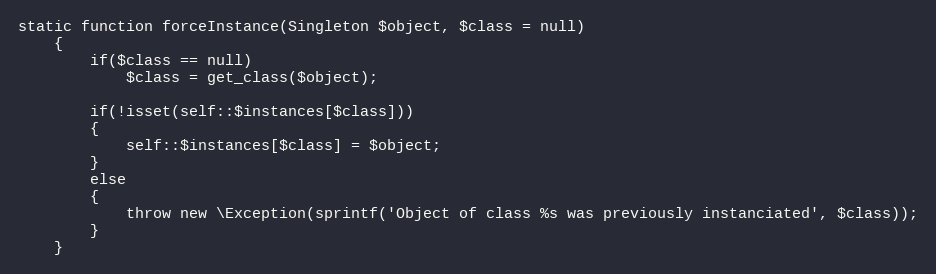
Language: PHP
static function forceInstance(Singleton $object, $class = null)
	{
		if($class == null)
			$class = get_class($object);

		if(!isset(self::$instances[$class]))
		{
			self::$instances[$class] = $object;
		}
		else
		{
			throw new \Exception(sprintf('Object of class %s was previously instanciated', $class));
		}
	}